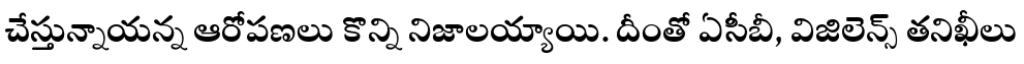
చేస్తున్నాయన్న ఆరోపణలు కొన్ని నిజాలయ్యాయి. దీంతో ఏసీబీ, విజిలెన్స్ తనిఖీలు